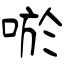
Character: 唹